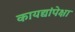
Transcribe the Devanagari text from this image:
कायद्यांपेक्षा